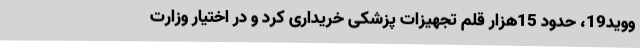
ووید19، حدود 15هزار قلم تجهیزات پزشکی خریداری کرد و در اختیار وزارت